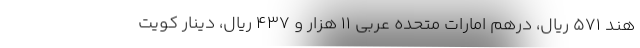
هند ۵۷۱ ریال، درهم امارات متحده عربی ۱۱ هزار و ۴۳۷ ریال، دینار کویت